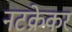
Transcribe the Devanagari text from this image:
नटक्रेकर